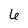
Character: 6